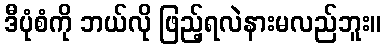
ဒီပုံစံကို ဘယ်လို ဖြည့်ရလဲနားမလည်ဘူး။